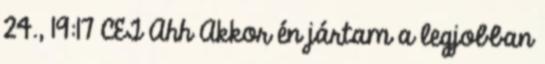
24., 19:17 CET Ahh Akkor én jártam a legjobban